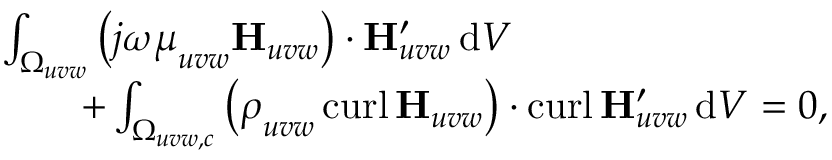
\begin{array} { r l } & { \int _ { \Omega _ { u v w } } \left( j \omega \boldsymbol \mu _ { u v w } \mathbf { H } _ { u v w } \right) \cdot \mathbf { H } _ { u v w } ^ { \prime } \, \mathrm { d } V \, } \\ & { \qquad + \int _ { \Omega _ { u v w , c } } \left( \boldsymbol \rho _ { u v w } \, \mathrm { c u r l } \, \mathbf { H } _ { u v w } \right) \cdot \mathrm { c u r l } \, \mathbf { H } _ { u v w } ^ { \prime } \, \mathrm { d } V = 0 , } \end{array}